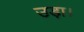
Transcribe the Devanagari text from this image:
उड़ा।